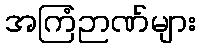
အကြံဉာဏ်များ